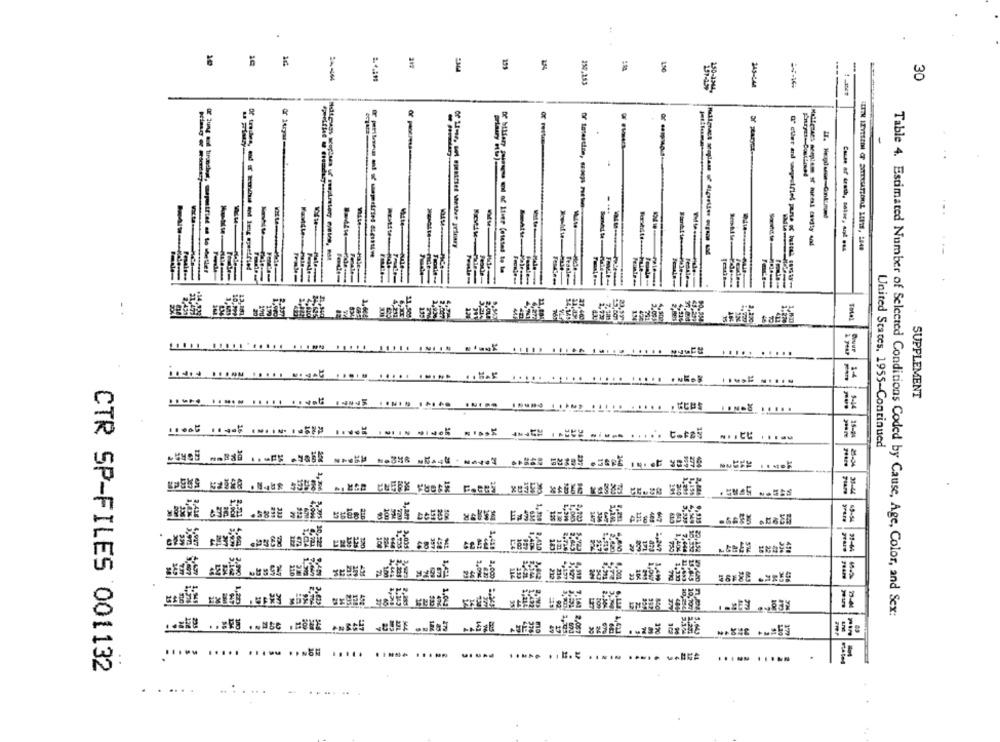
..
10
5
150
----
250,253
30
2.50-3344-
...
Sonstate
X Jung und tircoches, mpestrief as to whether
De Mifary paragus and of Ifier (etcted to be
Famle
Pesalsse
kut
1.001
2,1%
SUPPLEMENT
11950-11910 11111 11986 19895 1ON15 1+140 IN199 15480
.....
15-84
United States, 1955-Continued
28-04
2,39%
CELLE
93-44
1,2
Table 4. Estimated Number of Selected Conditions Coded by Cause, Age, Color, and Sex:
*** 28 ..= 55
......
CTR SP-FILES 001132
.....